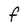
Character: f